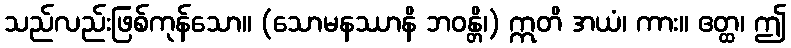
သည်လည်းဖြစ်ကုန်သော။ (သောမနဿာနိ ဘဝန္တိ၊) ဣတိ အယံ၊ ကား။ ဧတ္ထ၊ ဤ